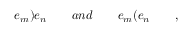
e _ { m } \mathbf { ) } e _ { n } \quad \quad a n d \quad \quad e _ { m } \mathbf { ( } e _ { n } \quad \quad ,